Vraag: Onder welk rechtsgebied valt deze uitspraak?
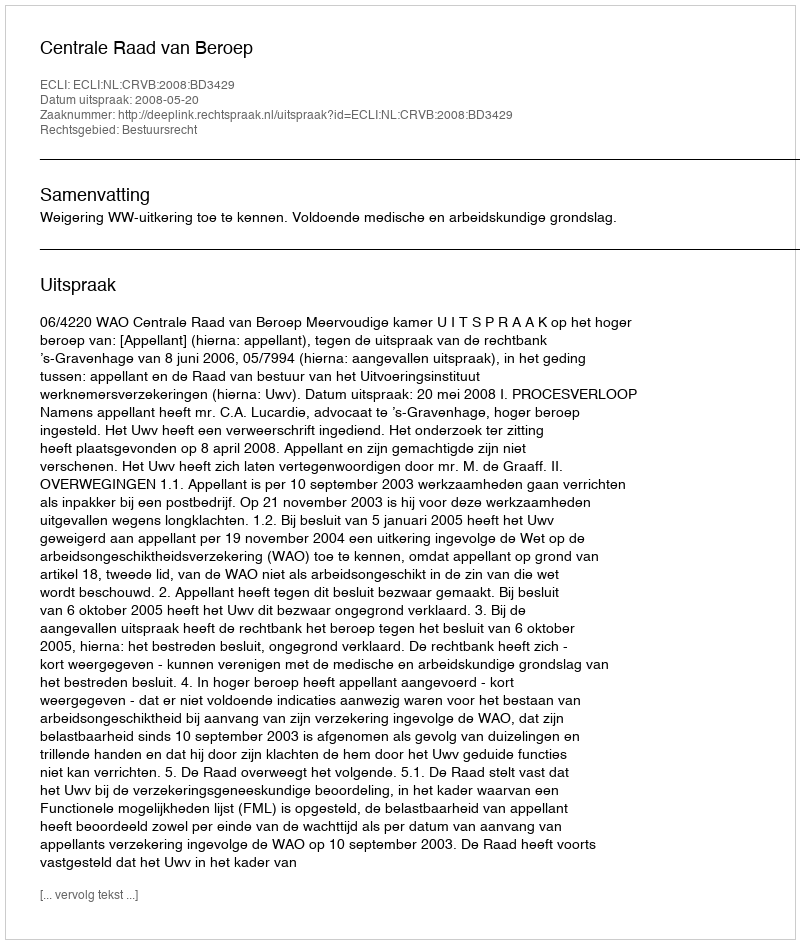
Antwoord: Bestuursrecht